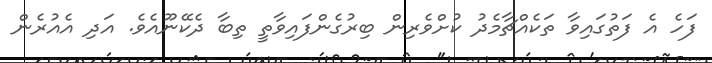
ފަހެ އެ ފަތުގައިވާ ތަކެއްޗާމެދު ކުށްވެރިން ބިރުގެންފައިވާތީ ތިބާ ދެކޭނޫއެވެ. އަދި އެއުރެން